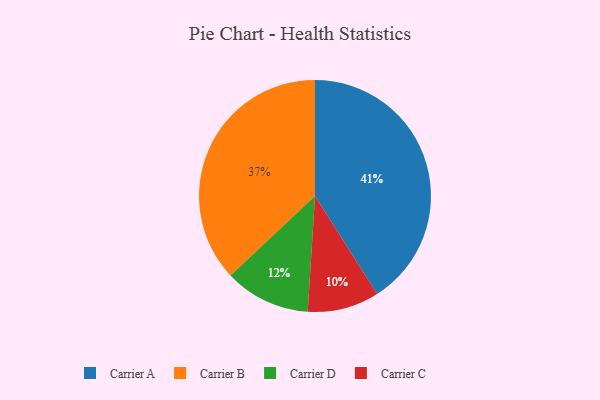
{"axis": {"x": "Category", "y": "Percentage"}, "legend": ["Carrier A", "Carrier B", "Carrier C", "Carrier D"], "data": [{"x": "Carrier D", "y": 12, "type": "Carrier D"}, {"x": "Carrier B", "y": 37, "type": "Carrier B"}, {"x": "Carrier A", "y": 41, "type": "Carrier A"}, {"x": "Carrier C", "y": 10, "type": "Carrier C"}]}